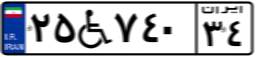
۸۵W۲۳۷۸۶